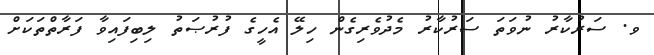
ވ. ސަރުކާރު ނުވަތަ ސަރުކާރު މެދުވެރިގެން ހިލޭ އެހީގެ ފުރުޞަތު ލިބިފައިވާ ފަރާތްތަކަށް